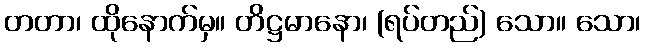
တတာ၊ ထိုနောက်မှ။ တိဋ္ဌမာနော၊ (ရပ်တည်) သော။ သော၊